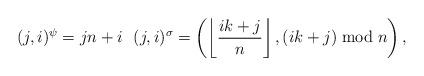
LaTeX: \begin{align*}(j,i)^\psi=jn+i\ \ (j,i)^\sigma=\left(\left\lfloor\frac{ik+j}{n}\right\rfloor,(ik+j)\bmod{n}\right),\end{align*}